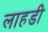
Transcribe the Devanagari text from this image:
लाहडी